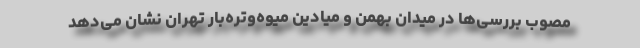
مصوب بررسی‌ها در میدان بهمن و میادین میوه‌وتره‌بار تهران نشان می‌دهد